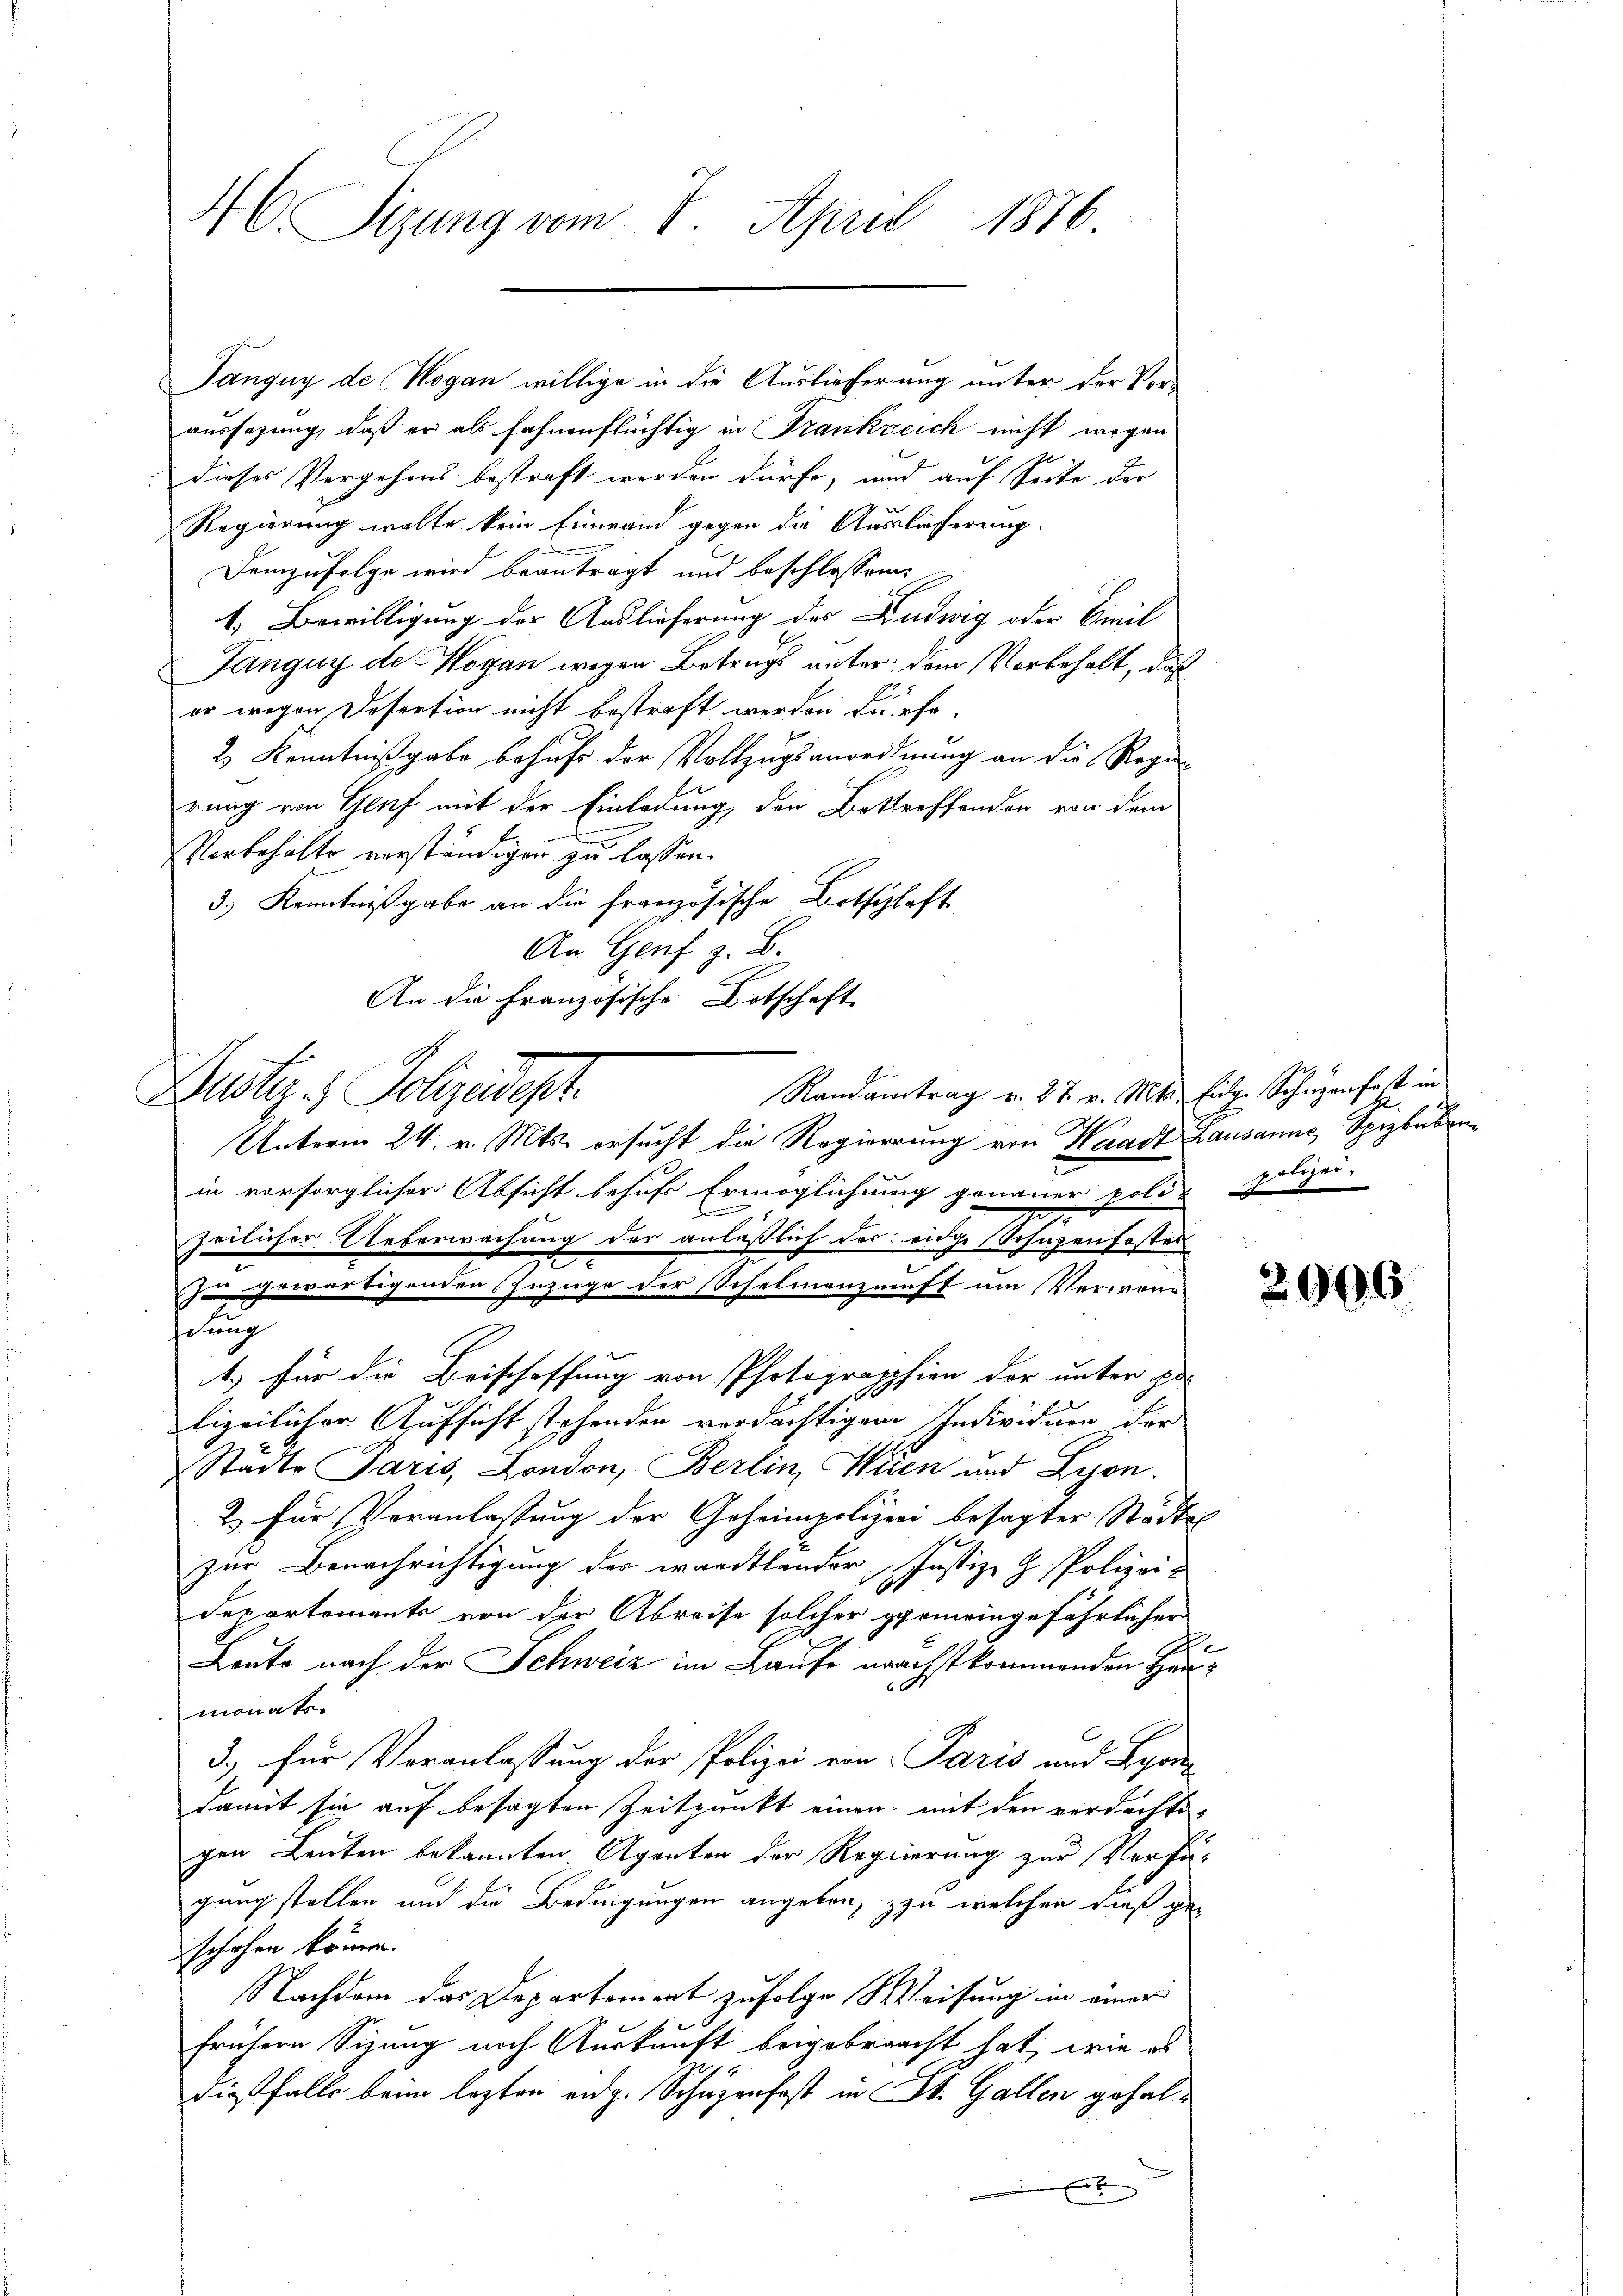
H Sizung vom 7. April 1876

aussezung, daß er als fahnenflüchtig in Frankzeich nicht wegen
dieses Vergehens bestraft werden dürfe, und auf Seite der
Regierung walte kein Einwand gegen die Auslieferung.
Demzufolge wird beantragt und beschlossens
c
1. Bewilligung der Auslieferung des Ludwig oder Civil
Tangny de Wogan wegen Betrugs unter dem Vorbehalt, daß
er wegen Desertion nicht bestraft werden dürfe,
2) Kenntnißgabe behufs der Vollzugsanordnung an die Regierung von Genf mit der Einladung der Bettreffenden von dem
Vorbehalte verständigen zu lassen.
3.) Kenntnißgabe an die französische Ortschlaft
An Genf z. B.
An die Französische Botschaft
.
Randantrag v. 27 v. Mts. Eidg. Schazenfest in
Zustiz & Polizeidest
Unterm 24. v. Mts. ersucht die Regierung von Waadt Lausanne, Spizbubenin vorsorglicher Absicht behufs Ermöglichung genauer poli polizei-
7
zeilicher Ueberwachung der anläßlich des eidge Schazenfester
gewärtigenden Inzüge der Schelmenzunft um Verwen-
schung
1.) für die Beischaffung von Photographien der unter pa
lizeilicher Aufsicht stehenden verdächtigem Individuen der
Stadte Paris, London, Berlin, Wien und Lyon.
2) Für Veranlassung der Geheimpolizei besagter Städte
zur Benachrichtigung des wardtlander Justiz- & Polizei-
Departements von der Abreise solcher gemeingefährlicher
Leute nach der Schweiz im Laufe nächstkommenden Haumonats
3.) für Veranlassung der Polizei von Paris und Lyon
damit sie auf besagten Zeitpunkt einen mit den verdächtigen Leuten bekannten Agenten der Regierung zur Verfü-
gung stellen und die Bedingungen angeben, zu welchen dieß geschehen könne.
Nachdem das Departement zufolge Weisung in einer
frühern Sizung noch Auskunft beigebracht hat, wie es
diesfalls beim lezten eidg. Schuzenfast in St. Gallen gehalx

Jangny de Wogan willige in die Auslieferung unter der Vor¬

e

f
x

2006.